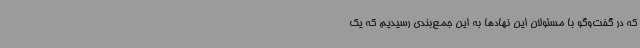
که در گفت‌وگو با مسئولان این نهادها به این جمع‌بندی رسیدیم که یک